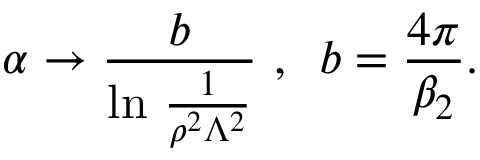
\alpha \rightarrow \frac b { \ln \, \frac 1 { \rho ^ { 2 } \Lambda ^ { 2 } } } \, \, , \, \, \, b = \frac { 4 \pi } { \beta _ { 2 } } .